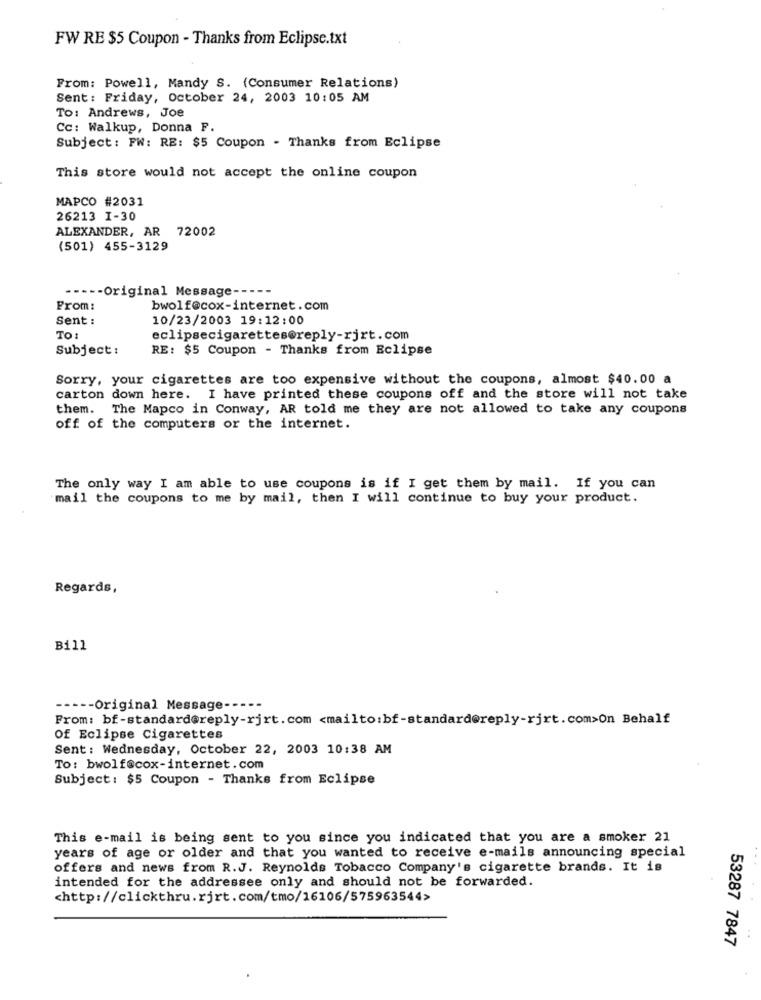
FW RE $5 Coupon - Thanks from Eclipse.txt
From: Powell, Mandy S. (Consumer Relations)
Sent: Friday, October 24, 2003 10:05 AM
To: Andrews, Joe
Cc: Walkup, Donna F.
Subject: FW: RE: $5 Coupon - Thanks from Eclipse
This store would not accept the online coupon
MAPCO #2031
26213 I-30
ALEXANDER, AR 72002
(501) 455-3129
----- Original Message --
From:
bwolf@cox-internet.com
Sent :
10/23/2003 19:12:00
TO:
eclipsecigarettes@reply-rjrt.com
Subject:
RE: $5 Coupon - Thanks from Eclipse
Sorry, your cigarettes are too expensive without the coupons, almost $40.00 a
carton down here. I have printed these coupons off and the store will not take
them. The Mapco in Conway, AR told me they are not allowed to take any coupons
off of the computers or the internet.
The only way I am able to use coupons is if I get them by mail. If you can
mail the coupons to me by mail, then I will continue to buy your product.
Regards,
Bill
----- Original Message ----
From: bf-standard@reply-rjrt. com <mailto:bf-standard@reply-rjrt. com>On Behalf
Of Eclipse Cigarettes
Sent: Wednesday, October 22, 2003 10:38 AM
To: bwolf@cox-internet.com
Subject: $5 Coupon - Thanks from Eclipse
This e-mail is being sent to you since you indicated that you are a smoker 21
years of age or older and that you wanted to receive e-mails announcing special
offers and news from R.J. Reynolds Tobacco Company's cigarette brands. It is
intended for the addressee only and should not be forwarded.
<http://clickthru.rjrt.com/tmo/16106/575963544>
53287 7847